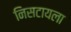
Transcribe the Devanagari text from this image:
निसटायला